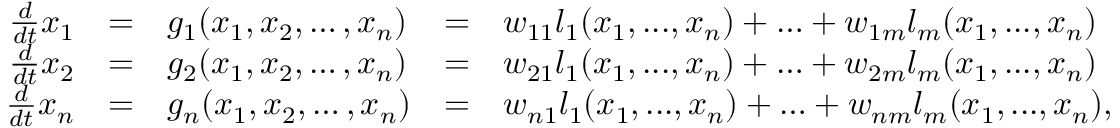
\begin{array} { r c l c l } { \frac { d } { d t } x _ { 1 } } & { = } & { g _ { 1 } ( x _ { 1 } , x _ { 2 } , \ldots , x _ { n } ) } & { = } & { w _ { 1 1 } l _ { 1 } ( x _ { 1 } , . . . , x _ { n } ) + \ldots + w _ { 1 m } l _ { m } ( x _ { 1 } , . . . , x _ { n } ) } \\ { \frac { d } { d t } x _ { 2 } } & { = } & { g _ { 2 } ( x _ { 1 } , x _ { 2 } , \ldots , x _ { n } ) } & { = } & { w _ { 2 1 } l _ { 1 } ( x _ { 1 } , . . . , x _ { n } ) + \ldots + w _ { 2 m } l _ { m } ( x _ { 1 } , . . . , x _ { n } ) } \\ { \frac { d } { d t } x _ { n } } & { = } & { g _ { n } ( x _ { 1 } , x _ { 2 } , \ldots , x _ { n } ) } & { = } & { w _ { n 1 } l _ { 1 } ( x _ { 1 } , . . . , x _ { n } ) + \ldots + w _ { n m } l _ { m } ( x _ { 1 } , . . . , x _ { n } ) , } \end{array}